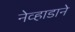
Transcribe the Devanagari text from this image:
नेव्हाडाने